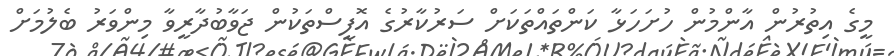
މީގެ އިތުރުން އާންމުން ހުށަހަޅާ ކަންތައްތަކަށް ސަރުކާރުގެ އޮފީސްތަކުން ޖަވާބުދާރީވާ މިންވަރު ބެލުމަށް